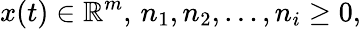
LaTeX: x(t)\in\mathbb{R}^{m},\, n_{1},n_{2},\ldots,n_{i}\geq 0,